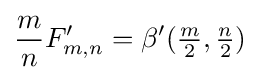
{\frac {m}{n}}F'_{m,n}=\beta '({\tfrac {m}{2}},{\tfrac {n}{2}})